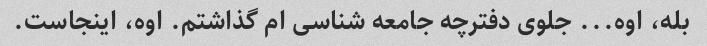
بله، اوه... جلوی دفترچه جامعه شناسی ام گذاشتم. اوه، اینجاست.